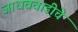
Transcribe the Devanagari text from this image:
जाधववाडीचे